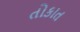
તોકાત